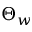
\Theta _ { w }